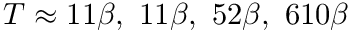
T \approx 1 1 \beta , \ 1 1 \beta , \ 5 2 \beta , \ 6 1 0 \beta